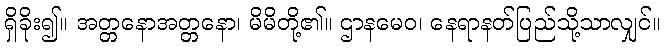
ရှိခိုး၍။ အတ္တနောအတ္တနော၊ မိမိတို့၏။ ဌာနမေဝ၊ နေရာနတ်ပြည်သို့သာလျှင်။